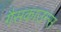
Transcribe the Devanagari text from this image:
गैसकाउन्स